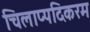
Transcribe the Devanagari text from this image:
चिलाप्पदिकरम